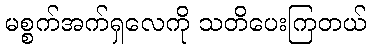
မစ္စက်အက်ရှလေကို သတိပေးကြတယ်